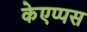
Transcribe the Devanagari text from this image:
केएप्पस